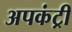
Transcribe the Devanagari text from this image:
अपकंट्री